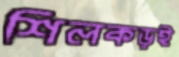
শিলকড়ই